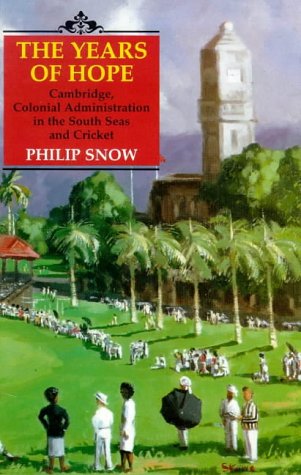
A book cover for Years of Hope: Cambridge, Colonial Administrator in the South Seas, and Cricket; Philip Snow; History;